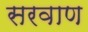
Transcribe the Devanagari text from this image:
सरवाण